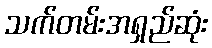
သက်တမ်းအရှည်ဆုံး